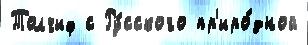
Толчиф с Ру́сского пр'иро́дной